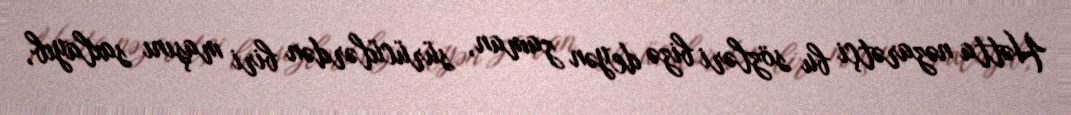
Hətta nəzarətçi bu sözləri bizə deyən zaman, sürücülərdən biri maşını saxlayıb,